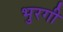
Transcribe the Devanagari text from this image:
भुरगी